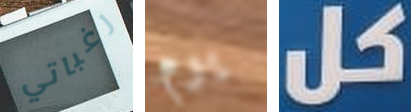
رغباتي يوم كل